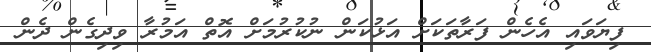
ފިޔަވައި އެހެން ފަރާތަކަށް އަޅުކަން ނުކުރުމަށް އޮތް އަމުރާ ވިދިގެން ދެން